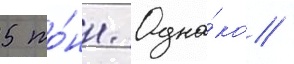
5 то́нн. Одна́ко /